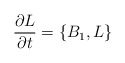
\begin{align*}{\partial L\over \partial t} = \{ B_1 , L \}\end{align*}